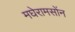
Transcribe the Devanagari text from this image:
मघेरामसोंन